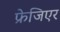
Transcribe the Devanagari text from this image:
फ्रेजिएर